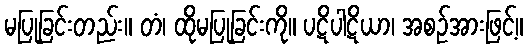
မပြုခြင်းတည်း။ တံ၊ ထိုမပြုခြင်းကို။ ပဋိပါဋိယာ၊ အစဉ်အားဖြင့်။